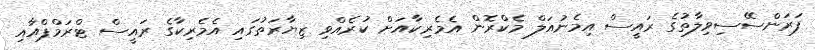
ފަރަންސޭސިވިލާތުގެ ރައީސް އިމެނުއަލް މެކްރޮން އެމެރިކާއަށް ކުރެއްވި ޒިޔާރަތުގައި އެމެރިކާގެ ރައީސް ޓްރަމްޕްއާއި